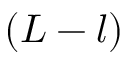
\left( L - l \right)